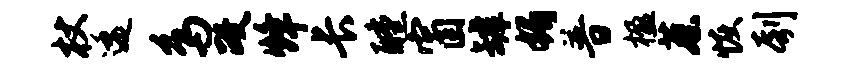
杖逶鸟政烽长醺窗罅媚普楹蔡恢刳